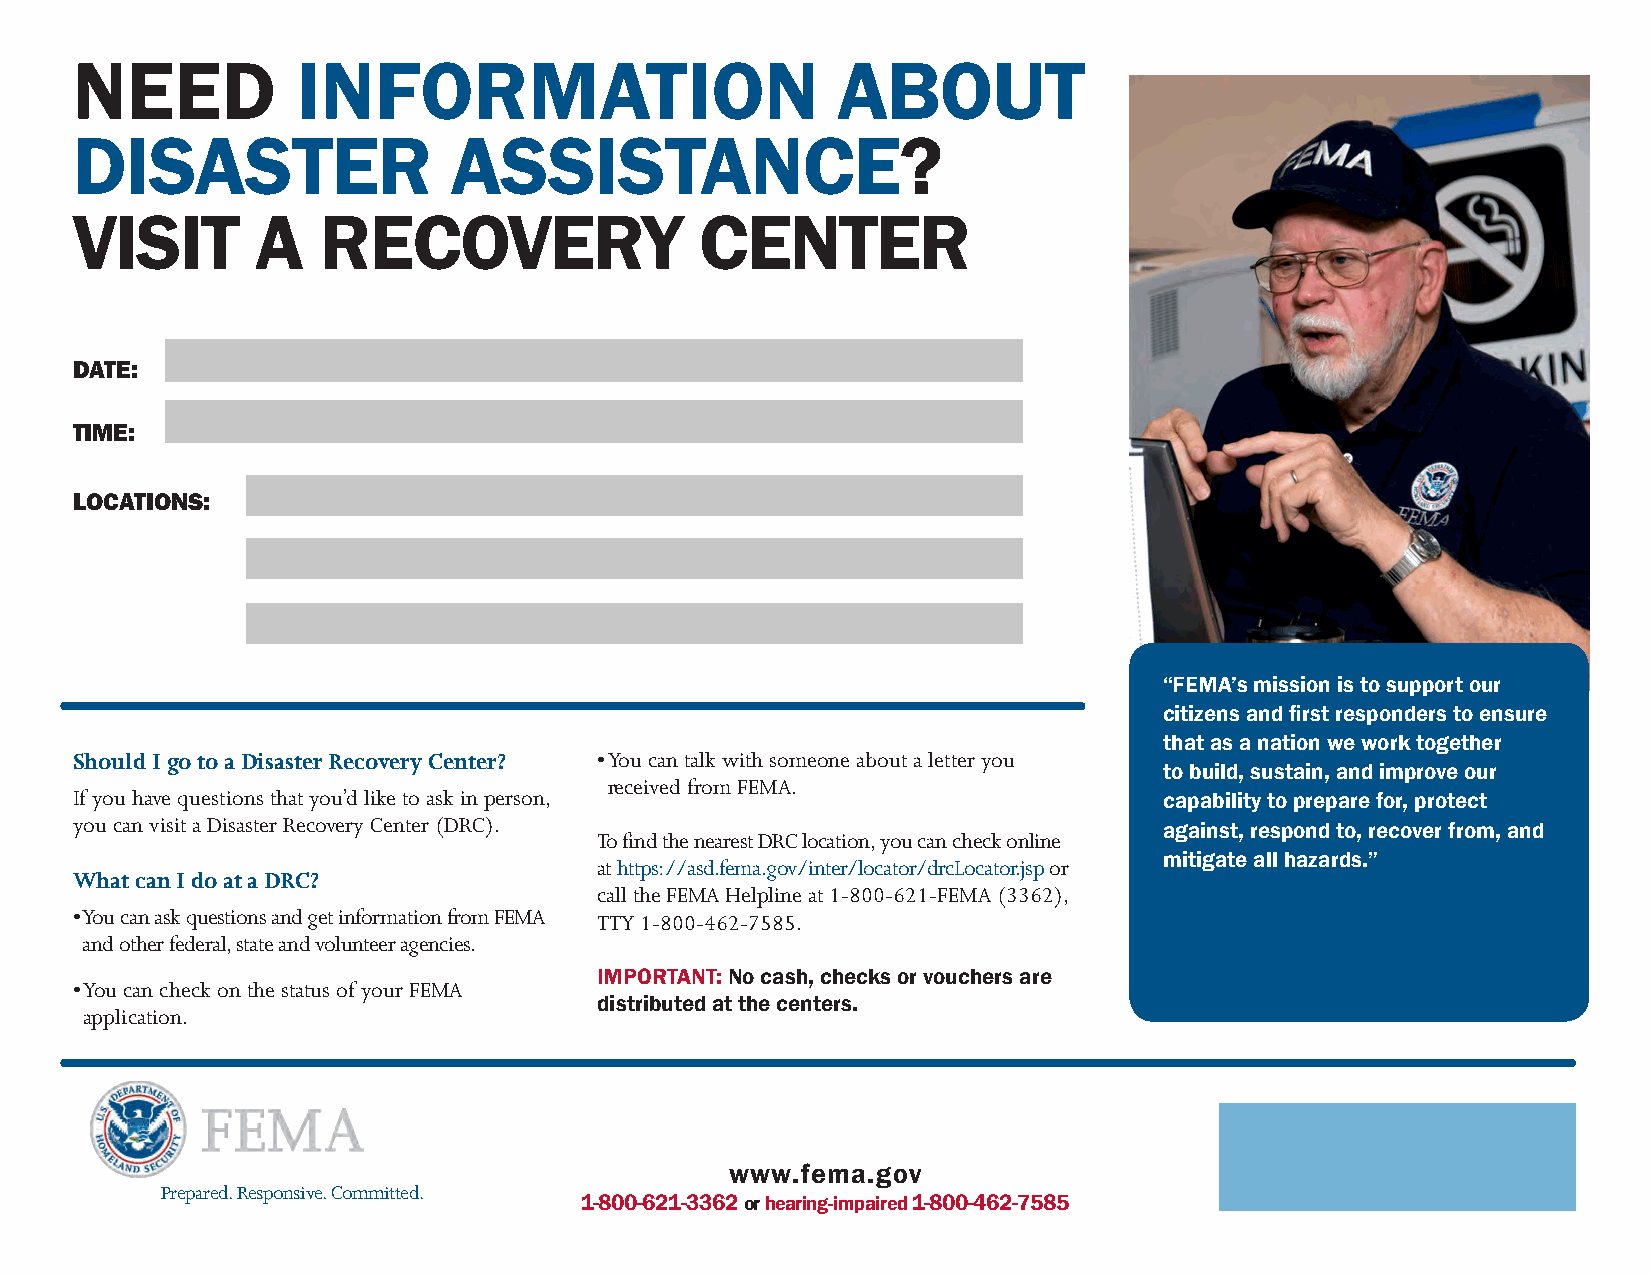
NEED           INFORMATION                        ABOUT
 DISASTER                 ASSISTANCE?
 VISIT       A   RECOVERY                 CENTER
 DATE:
 TIME:
 LOCATIONS:
 “FEMA’s mission is to support our
 citizens and first responders to ensure
 that as a nation we work together
 Should I go to a Disaster Recovery Center? • You can talk with someone about a letter you
 to build, sustain, and improve our
 received from FEMA.
 If you have questions that you’d like to ask in person,                 capability to prepare for, protect
 you can visit a Disaster Recovery Center (DRC).
 against, respond to, recover from, and
 To find the nearest DRC location, you can check online
 mitigate all hazards.”
 at https://asd.fema.gov/inter/locator/drcLocator.jsp or
 What can I do at a DRC?
 call the FEMA Helpline at 1-800-621-FEMA (3362),
 • You can ask questions and get information from FEMA TTY 1-800-462-7585.
 and other federal, state and volunteer agencies.
 IMPORTANT: No cash, checks or vouchers are
 • You can check on the status of your FEMA
 distributed at the centers.
 application.
 www.fema.gov
 Prepared. Responsive. Committed.
 1-800-621-3362 or hearing-impaired 1-800-462-7585